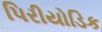
પિરીયોડિક